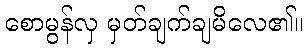
စောမွန်လှ မှတ်ချက်ချမိလေ၏။